Document type: Sale
Year: 1439
Scribe: Arnau d'Illes
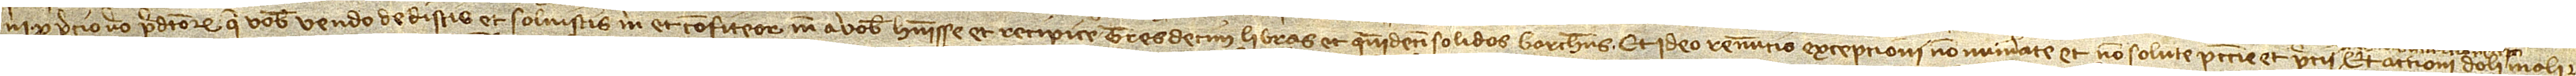
ni. Pro precio vero predictorum que vobis vendo dedistis et solvistis mihi et confiteor me a vobis habuisse et recipice tresdecim libras et quindecim solidos barchinonenses. Et ideo renuncio excepcioni non numerate et non solute peccunie et precii,  et accioni, doli mali et